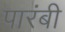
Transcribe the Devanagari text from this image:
पारंबी